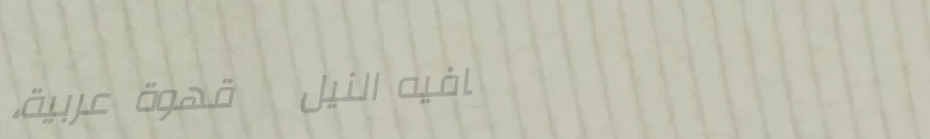
كافيه النيل   قهوة عربية،